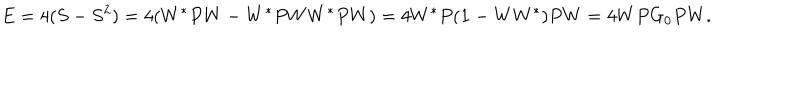
E = 4 ( S - S ^ { 2 } ) = 4 ( W ^ { * } P W - W ^ { * } P W W ^ { * } P W ) = 4 W ^ { * } P ( { \bf 1 } - W W ^ { * } ) P W = 4 W P G _ { 0 } P W .